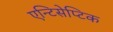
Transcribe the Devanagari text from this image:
एन्टिसेप्टिक